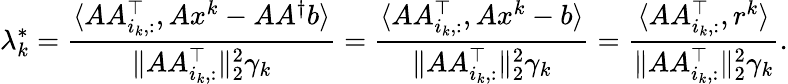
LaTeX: \lambda_{k}^{*}=\frac{\langle AA_{i_{k},:}^{\top},Ax^{k}-AA^{\dagger}b\rangle}{\| AA_{i_{k},:}^{\top}\| _{2}^{2}\gamma_{k}}=\frac{\langle AA_{i_{k},:}^{\top},Ax^{k}-b\rangle}{\| AA_{i_{k},:}^{\top}\| _{2}^{2}\gamma_{k}}=\frac{\langle AA_{i_{k},:}^{\top},r^{k}\rangle}{\| AA_{i_{k},:}^{\top}\| _{2}^{2}\gamma_{k}}.